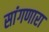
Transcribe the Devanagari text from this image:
सांंगणारा